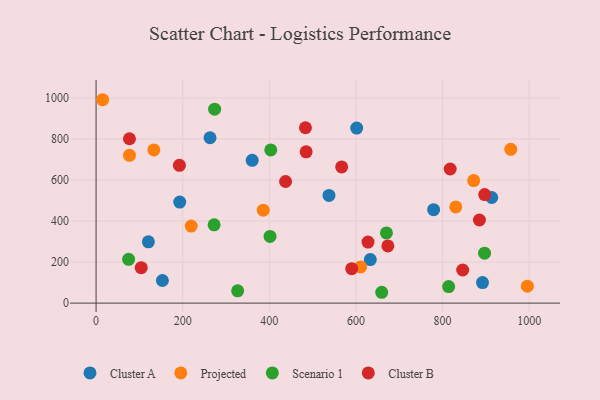
{"axis": {"x": "Price", "y": "Fuel Efficiency"}, "legend": ["Cluster A", "Cluster B", "Projected", "Scenario 1"], "data": [{"x": "892.2", "y": 99.9, "type": "Cluster A"}, {"x": "360.4", "y": 696.1, "type": "Cluster A"}, {"x": "120.7", "y": 298.5, "type": "Cluster A"}, {"x": "153.1", "y": 110.1, "type": "Cluster A"}, {"x": "537.7", "y": 524.7, "type": "Cluster A"}, {"x": "601.7", "y": 853.0, "type": "Cluster A"}, {"x": "913.5", "y": 514.7, "type": "Cluster A"}, {"x": "193.1", "y": 492.5, "type": "Cluster A"}, {"x": "263.1", "y": 806.1, "type": "Cluster A"}, {"x": "633.1", "y": 212.4, "type": "Cluster A"}, {"x": "779.3", "y": 455.3, "type": "Cluster A"}, {"x": "830.5", "y": 468.8, "type": "Projected"}, {"x": "871.8", "y": 597.3, "type": "Projected"}, {"x": "995.8", "y": 82.7, "type": "Projected"}, {"x": "219.6", "y": 375.6, "type": "Projected"}, {"x": "610.8", "y": 176.5, "type": "Projected"}, {"x": "15.1", "y": 991.4, "type": "Projected"}, {"x": "957.5", "y": 749.6, "type": "Projected"}, {"x": "133.4", "y": 746.5, "type": "Projected"}, {"x": "77.1", "y": 720.3, "type": "Projected"}, {"x": "385.9", "y": 453.1, "type": "Projected"}, {"x": "272.5", "y": 381.8, "type": "Scenario 1"}, {"x": "814.0", "y": 80.7, "type": "Scenario 1"}, {"x": "659.5", "y": 52.8, "type": "Scenario 1"}, {"x": "75.1", "y": 213.4, "type": "Scenario 1"}, {"x": "326.8", "y": 60.0, "type": "Scenario 1"}, {"x": "273.7", "y": 945.4, "type": "Scenario 1"}, {"x": "403.3", "y": 746.8, "type": "Scenario 1"}, {"x": "401.6", "y": 325.0, "type": "Scenario 1"}, {"x": "896.9", "y": 243.6, "type": "Scenario 1"}, {"x": "670.4", "y": 341.9, "type": "Scenario 1"}, {"x": "485.0", "y": 737.2, "type": "Cluster B"}, {"x": "104.2", "y": 172.6, "type": "Cluster B"}, {"x": "627.9", "y": 297.5, "type": "Cluster B"}, {"x": "77.1", "y": 801.1, "type": "Cluster B"}, {"x": "846.5", "y": 161.5, "type": "Cluster B"}, {"x": "897.3", "y": 529.2, "type": "Cluster B"}, {"x": "192.4", "y": 671.5, "type": "Cluster B"}, {"x": "817.6", "y": 653.6, "type": "Cluster B"}, {"x": "590.2", "y": 168.0, "type": "Cluster B"}, {"x": "885.1", "y": 405.0, "type": "Cluster B"}, {"x": "673.7", "y": 278.5, "type": "Cluster B"}, {"x": "567.0", "y": 663.8, "type": "Cluster B"}, {"x": "483.4", "y": 854.7, "type": "Cluster B"}, {"x": "437.5", "y": 592.9, "type": "Cluster B"}]}